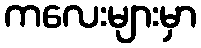
ကလေးများမှာ